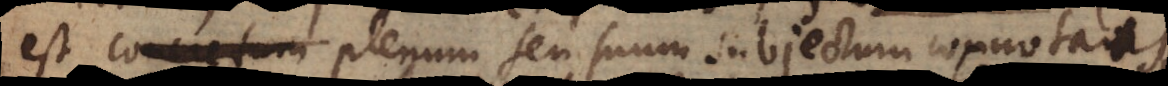
est plenum seu suum subjectum connotans,